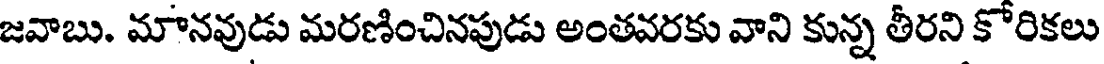
జవాబు. మానవుడు మరణించినపుడు అంతవరకు వాని కున్న తీరని కోరికలు